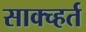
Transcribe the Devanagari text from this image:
साक्च्हर्त